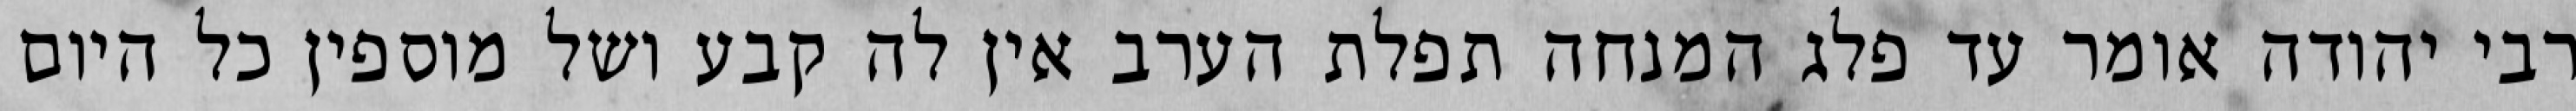
רבי יהודה אומר עד פלג המנחה תפלת הערב אין לה קבע ושל מוספין כל היום